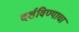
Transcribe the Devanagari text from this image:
दर्शविण्याचा